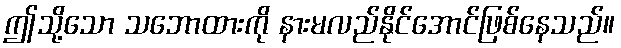
ဤသို့သော သဘောထားကို နားမလည်နိုင်အောင်ဖြစ်နေသည်။